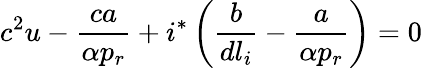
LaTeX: c^{2}u-\frac{ca}{\alpha p_{r}}+i^{*}\left(\frac{b}{dl_{i}}-\frac{a}{\alpha p_{r}}\right)=0